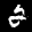
Label: 2